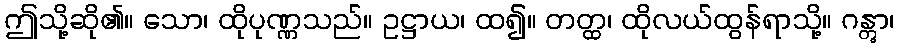
ဤသို့ဆို၏။ သော၊ ထိုပုဏ္ဏသည်။ ဥဋ္ဌာယ၊ ထ၍။ တတ္ထ၊ ထိုလယ်ထွန်ရာသို့။ ဂန္တွာ၊